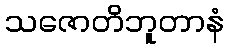
သဇောတိဘူတာနံ